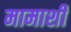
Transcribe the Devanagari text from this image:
मामाशी